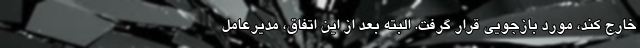
خارج کند، مورد بازجویی قرار گرفت. البته بعد از این اتفاق، مدیرعامل